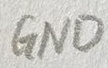
Text: GND